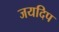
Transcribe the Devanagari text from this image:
जयदिप